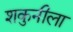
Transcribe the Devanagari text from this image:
शकुनीला